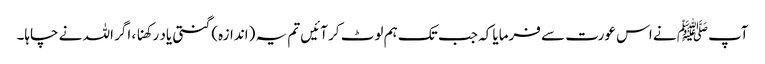
آپﷺ نے اس عورت سے فرمایا کہ جب تک ہم لوٹ کر آئیں تم یہ (اندازہ) گنتی یاد رکھنا ، اگر اللہ نے چاہا۔